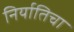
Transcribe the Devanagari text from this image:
निर्यातिचा